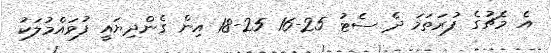
އެ މެޗުގެ ފުރަތަމަ ދެ ސެޓު 25-16 25-18 އިން ގެންދިޔައީ ފުވައްމުލަކު